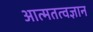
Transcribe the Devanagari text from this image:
आत्मतत्वज्ञान